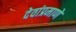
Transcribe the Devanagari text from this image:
देवांप्रमाणे